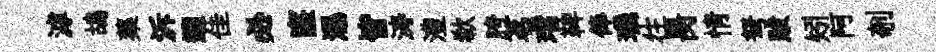
滹鴣蕖泝遡佳必窿瀑皆涛澧欷胯茗璫鞞俸璣往昺情弩跋矧阿剞